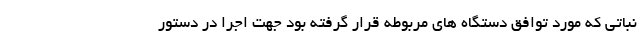
نباتی که مورد توافق دستگاه های مربوطه قرار گرفته بود جهت اجرا در دستور